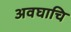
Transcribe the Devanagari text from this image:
अवघाचि